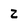
Character: 2